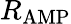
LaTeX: R_{\mathrm{AMP}}